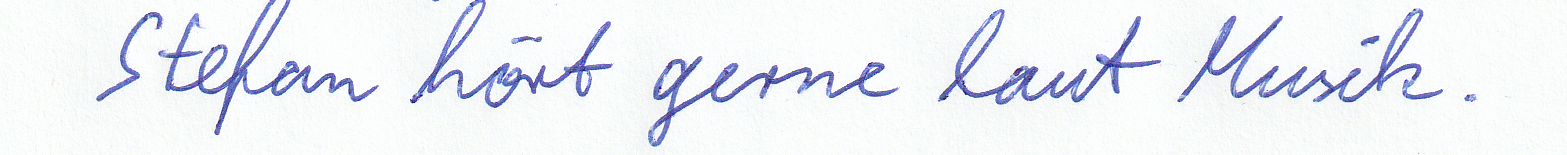
Stefan hört gerne laut Musik.